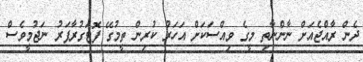
ދެން ރާއްޖެއަށް ނާންނާތި މީގެ ވިއްސަކަށް އަހަރު ކުރިން ތީމުގޭ ފޮޓަގުރާފަރު ނަޖުމީވެސް